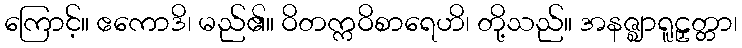
ကြောင့်။ ဧကောဒိ၊ မည်၏။ ဝိတက္ကဝိစာရေဟိ၊ တို့သည်။ အနဇ္ဈာရူဠှတ္တာ၊